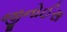
જીનોઈસ